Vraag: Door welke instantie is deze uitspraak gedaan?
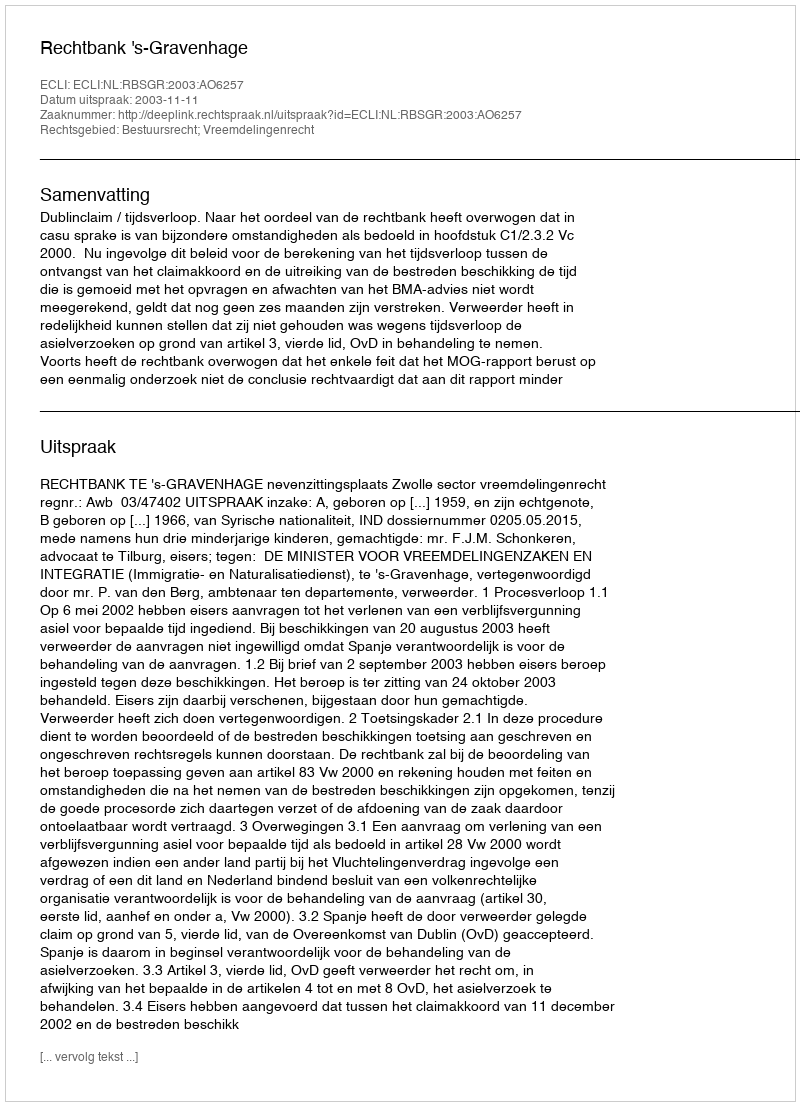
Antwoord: Rechtbank 's-Gravenhage